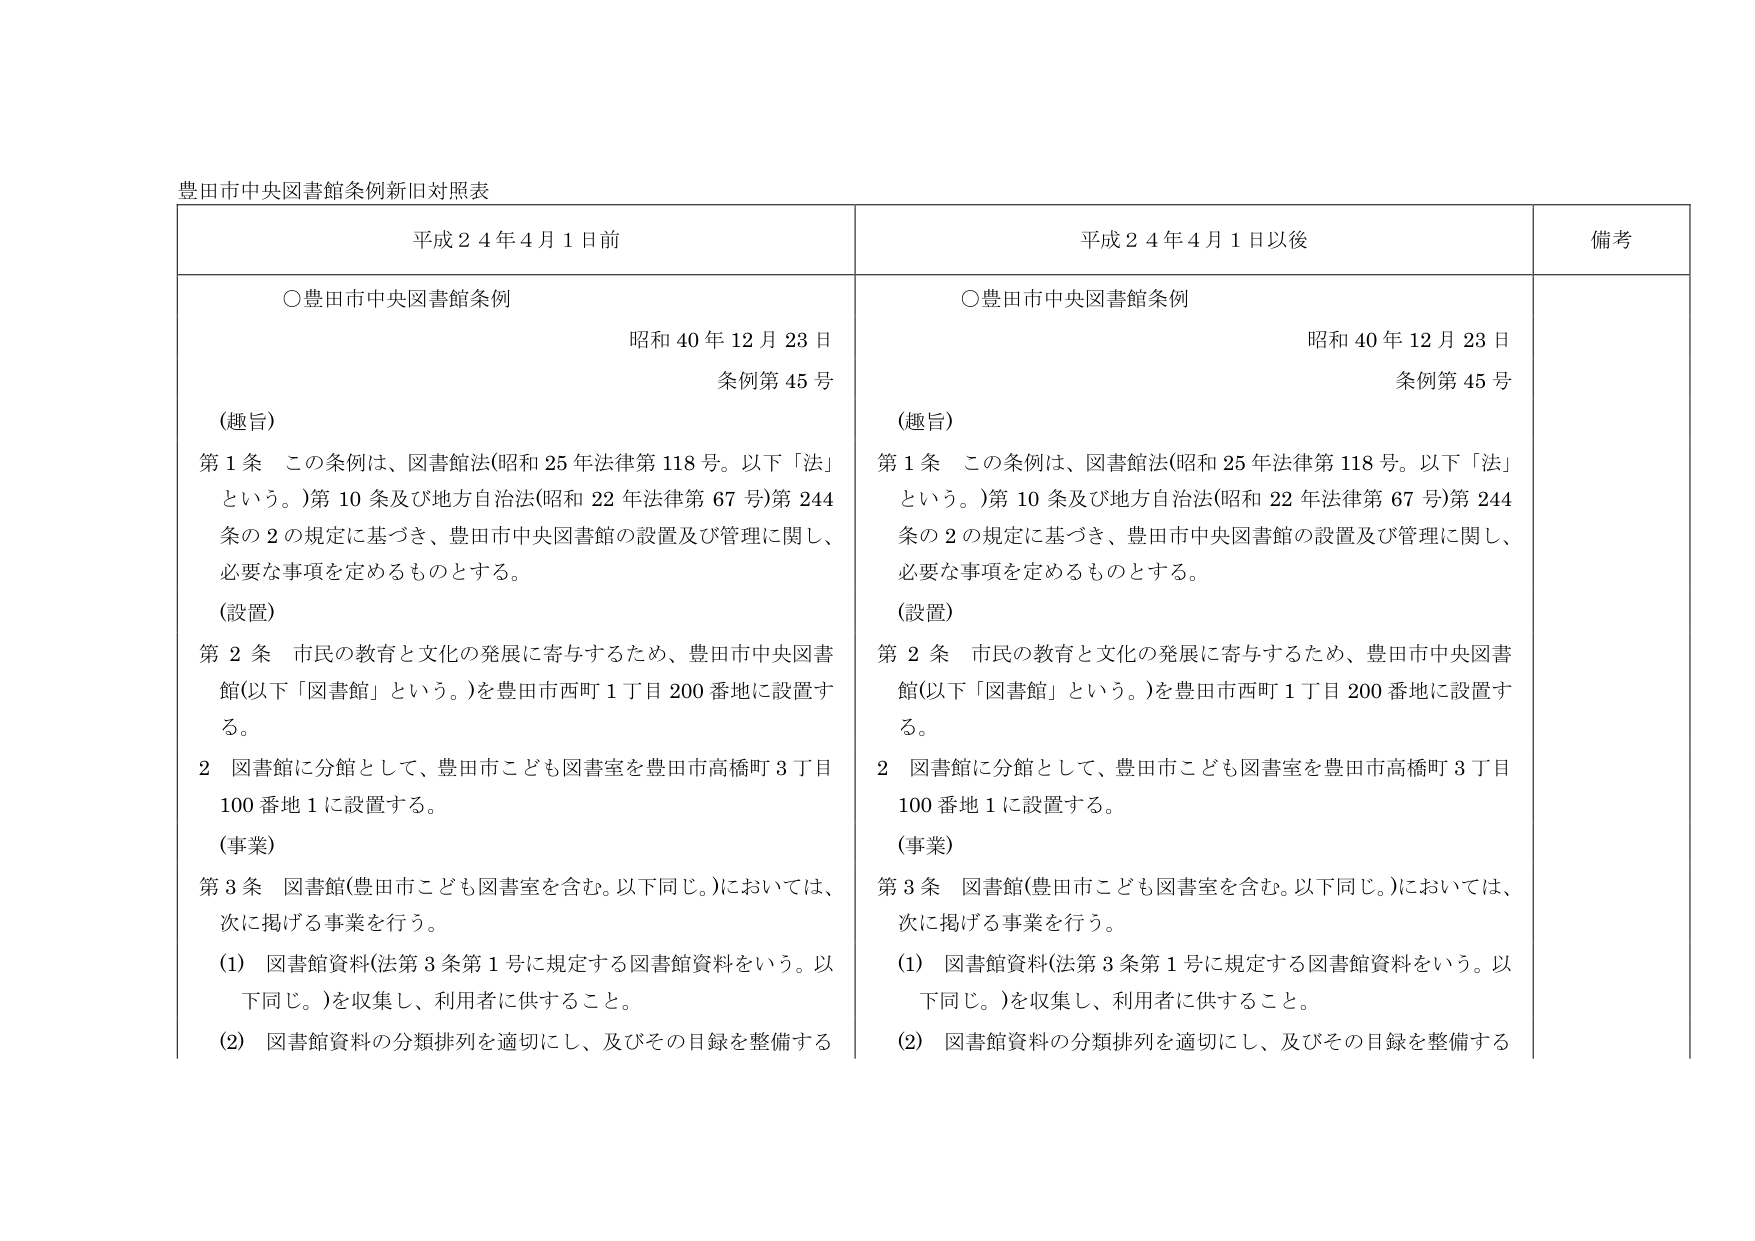
豊田市中央図書館条例新旧対照表

平成２４年４月１日前

○豊田市中央図書館条例
昭和４０年１２月２３日
条例第４５号

（趣旨）
第１条　この条例は、図書館法（昭和２５年法律第１１８号。以下「法」という。）第１０条及び地方自治法（昭和２２年法律第６７号）第２４４条の２の規定に基づき、豊田市中央図書館の設置及び管理に関し、必要な事項を定めるものとする。

（設置）
第２条　市民の教育と文化の発展に寄与するため、豊田市中央図書館（以下「図書館」という。）を豊田市西町１丁目２００番地に設置する。
２　図書館に分館として、豊田市こども図書室を豊田市高橋町３丁目１００番地１に設置する。

（事業）
第３条　図書館（豊田市こども図書室を含む。以下同じ。）においては、次に掲げる事業を行う。
（１）　図書館資料（法第３条第１号に規定する図書館資料をいう。以下同じ。）を収集し、利用者に供すること。
（２）　図書館資料の分類排列を適切にし、及びその目録を整備する

平成２４年４月１日以後

○豊田市中央図書館条例
昭和４０年１２月２３日
条例第４５号

（趣旨）
第１条　この条例は、図書館法（昭和２５年法律第１１８号。以下「法」という。）第１０条及び地方自治法（昭和２２年法律第６７号）第２４４条の２の規定に基づき、豊田市中央図書館の設置及び管理に関し、必要な事項を定めるものとする。

（設置）
第２条　市民の教育と文化の発展に寄与するため、豊田市中央図書館（以下「図書館」という。）を豊田市西町１丁目２００番地に設置する。
２　図書館に分館として、豊田市こども図書室を豊田市高橋町３丁目１００番地１に設置する。

（事業）
第３条　図書館（豊田市こども図書室を含む。以下同じ。）においては、次に掲げる事業を行う。
（１）　図書館資料（法第３条第１号に規定する図書館資料をいう。以下同じ。）を収集し、利用者に供すること。
（２）　図書館資料の分類排列を適切にし、及びその目録を整備する

備考